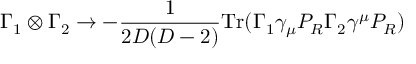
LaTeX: \Gamma _ { 1 } \otimes \Gamma _ { 2 } \rightarrow - \frac { 1 } { 2 D ( D - 2 ) } \mathrm { T r } ( \Gamma _ { 1 } \gamma _ { \mu } P _ { R } \Gamma _ { 2 } \gamma ^ { \mu } P _ { R } )